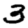
Digit: 3